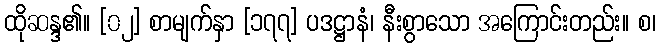
ထိုဆန္ဒ၏။ [၀၂] စာမျက်နှာ [၁၇၇] ပဒဋ္ဌာနံ၊ နီးစွာသော အကြောင်းတည်း။ စ၊